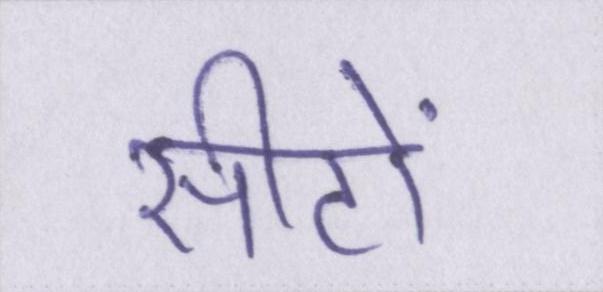
सीटों